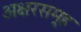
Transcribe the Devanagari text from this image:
अक्षरसमूह